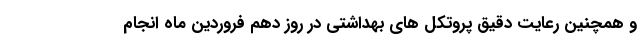
و همچنین رعایت دقیق پروتکل های بهداشتی در روز دهم فروردین ماه انجام